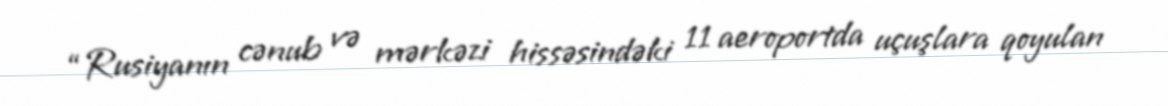
“Rusiyanın cənub və mərkəzi hissəsindəki 11 aeroportda uçuşlara qoyulan